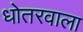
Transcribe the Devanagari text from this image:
धोतरवाला